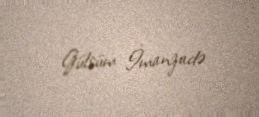
Gülsüm İmanzadə